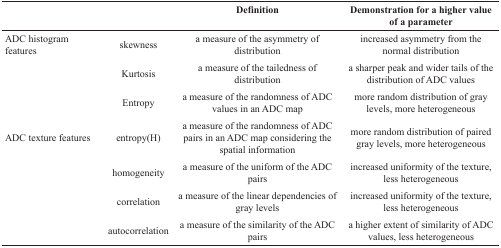
<table><thead><tr><td></td><td></td><td><b>Definition</b></td><td><b>Demonstration for a higher value of a parameter</b></td></tr></thead><tbody><tr><td>ADC histogram features</td><td>skewness</td><td>a measure of the asymmetry of distribution</td><td>increased asymmetry from the normal distribution</td></tr><tr><td></td><td>Kurtosis</td><td>a measure of the tailedness of distribution</td><td>a sharper peak and wider tails of the distribution of ADC values</td></tr><tr><td></td><td>Entropy</td><td>a measure of the randomness of ADC values in an ADC map</td><td>more random distribution of gray levels, more heterogeneous</td></tr><tr><td>ADC texture features</td><td>entropy(H)</td><td>a measure of the randomness of ADC pairs in an ADC map considering the spatial information</td><td>more random distribution of paired gray levels, more heterogeneous</td></tr><tr><td></td><td>homogeneity</td><td>a measure of the uniform of the ADC pairs</td><td>increased uniformity of the texture, less heterogeneous</td></tr><tr><td></td><td>correlation</td><td>a measure of the linear dependencies of gray levels</td><td>increased uniformity of the texture, less heterogeneous</td></tr><tr><td></td><td>autocorrelation</td><td>a measure of the similarity of the ADC pairs</td><td>a higher extent of similarity of ADC values, less heterogeneous</td></tr></tbody></table>